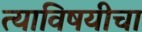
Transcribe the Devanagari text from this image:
त्याविषयीचा